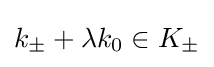
k_{\pm }+\lambda k_{0}\in K_{\pm }